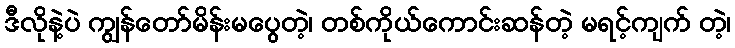
ဒီလိုနဲ့ပဲ ကျွန်တော်မိန်းမပွေတဲ့၊ တစ်ကိုယ်ကောင်းဆန်တဲ့ မရင့်ကျက် တဲ့၊